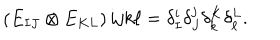
\begin{matrix} { { ( E _ { I J } \otimes E _ { K L } ) } } \\ \end{matrix} { i j } { k \ell } = \delta _ { I } ^ { i } \delta _ { J } ^ { j } \delta _ { k } ^ { K } \delta _ { \ell } ^ { L } .